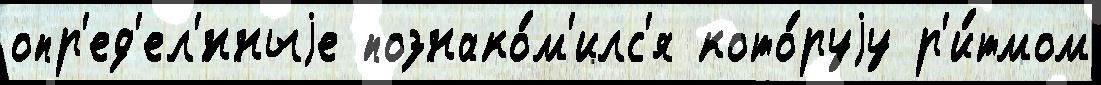
опр'ед'ел'́нныjе познако́м'илс'я кото́руjу р'и́тмом